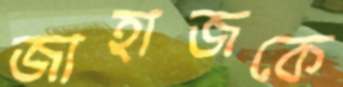
জাহাজকে